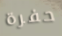
حفرة